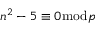
n ^ { 2 } - 5 \equiv 0 { \bmod { p } }